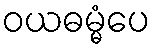
ဝယဓမ္မံပေ